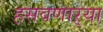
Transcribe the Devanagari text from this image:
हसवणाऱ्या